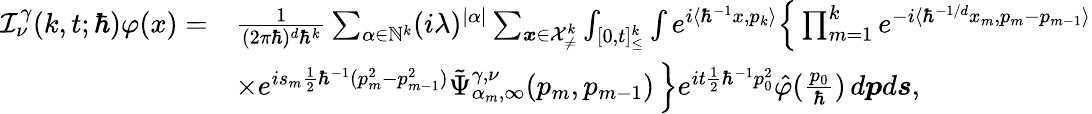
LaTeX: \begin{array}{rl}{\mathcal{I}_{\nu}^{\gamma}(k,t;\hbar)\varphi(x)=}&{\frac{1}{(2\pi\hbar)^{d}\hbar^{k}}\sum_{\alpha\in\mathbb{N}^{k}}(i\lambda)^{|\alpha|}\sum_{\boldsymbol{x}\in\mathcal{X}_{\neq}^{k}}\int_{[0,t]_{\leq}^{k}}\int e^{i\langle\hbar^{-1}x,p_{k}\rangle}\Big\{ \prod_{m=1}^{k}e^{-i\langle\hbar^{-1/d}x_{m},p_{m}-p_{m-1}\rangle}}\\ &{\times e^{is_{m}\frac{1}{2}\hbar^{-1}(p_{m}^{2}-p_{m-1}^{2})}\tilde{\Psi}_{\alpha_{m},\infty}^{\gamma,\nu}(p_{m},p_{m-1})\, \Big\} e^{it\frac{1}{2}\hbar^{-1}p_{0}^{2}}\hat{\varphi}(\frac{p_{0}}{\hbar})\, d\boldsymbol{p}d\boldsymbol{s},}\end{array}